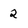
Character: 2